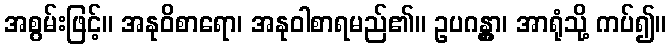
အစွမ်းဖြင့်။ အနုဝိစာရော၊ အနုဝါစာရမည်၏။ ဥပဂန္တွာ၊ အာရုံသို့ ကပ်၍။